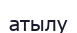
атылу